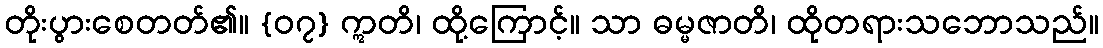
တိုးပွားစေတတ်၏။ {၀၇} ဣတိ၊ ထို့ကြောင့်။ သာ ဓမ္မဇာတိ၊ ထိုတရားသဘောသည်။